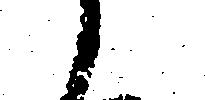
と